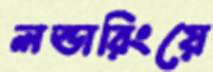
লন্ডারিংয়ে